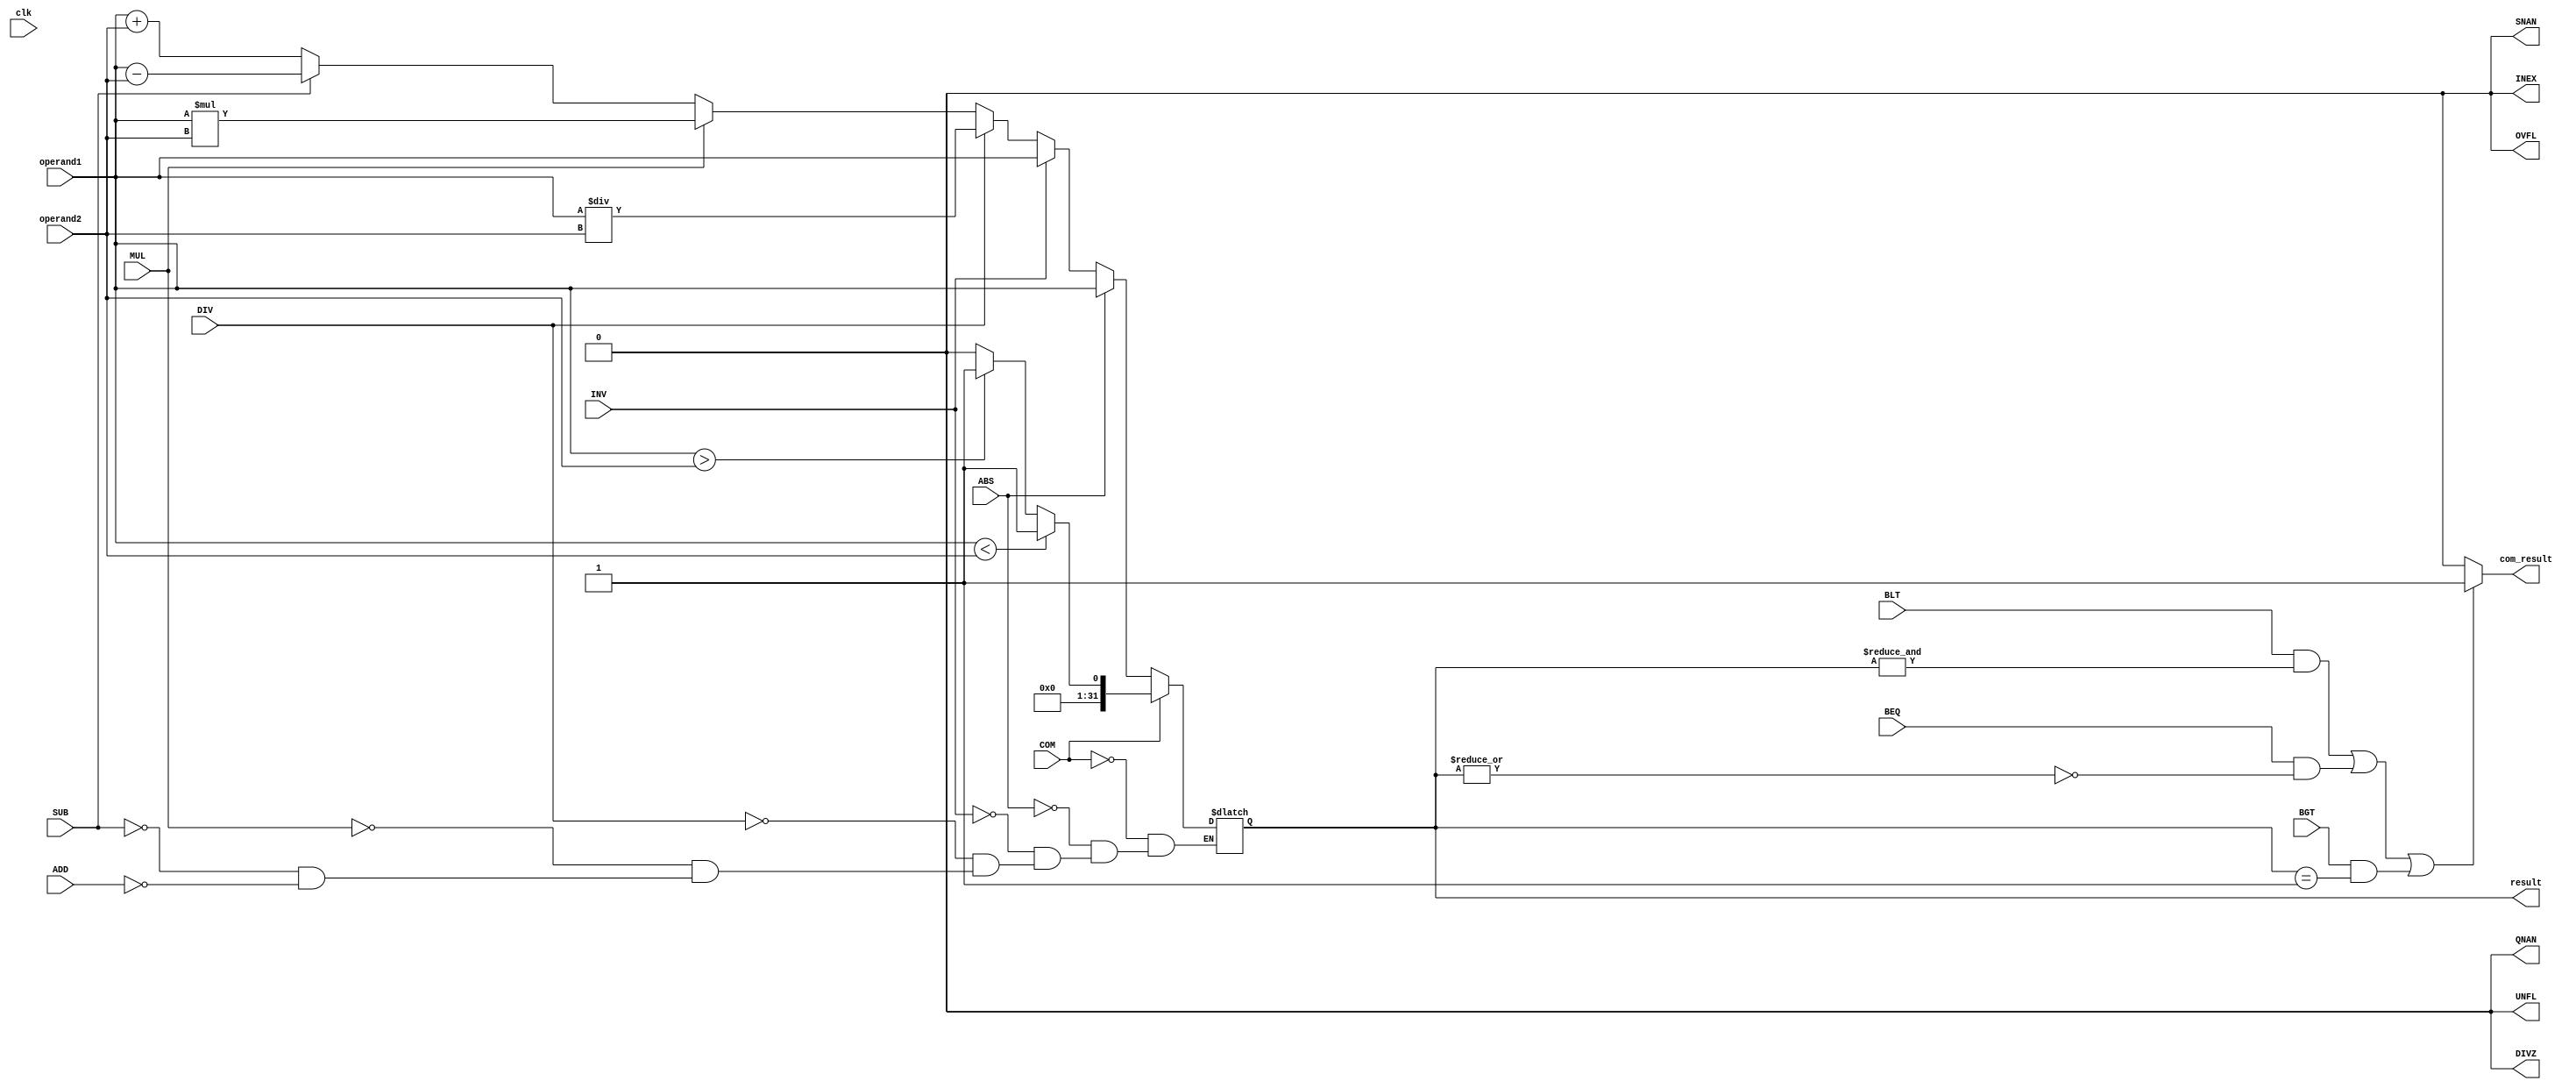
module fpu_ALU (operand1, operand2, ADD, SUB, MUL, DIV, INV, ABS, COM, BLT, BEQ, BGT, result, com_result, DIVZ, QNAN, SNAN, INEX, UNFL, OVFL, clk);

  input [31:0] operand1, operand2;
  input ADD, SUB, MUL, DIV, INV, ABS, COM, BLT, BEQ, BGT, clk;
  output [31:0] result;
  output com_result, DIVZ, QNAN, SNAN, INEX, UNFL, OVFL;
  reg [31:0] result;
  reg DIVZ, QNAN, SNAN, INEX, UNFL, OVFL;

  assign com_result = ((BLT && &result) || (BEQ && !(|result)) || (BGT && result == 32'b01)) ? 1'b1 : 1'b0;

  always @ (operand1, operand2, ADD, SUB, MUL, DIV, INV, ABS, COM) begin
    if (ADD) begin
      result = operand1 + operand2;
    end
    if (SUB) begin
      result = operand1 - operand2;
    end
    if (MUL) begin
      result = operand1 * operand2;
    end
    if (DIV) begin
      result = operand1 / operand2;
    end
    if (INV) begin
      result = operand1;
    end
    if (ABS) begin
      result = operand1;
    end
    if (COM) begin
      if (operand1 < operand2) begin
        result = 32'b1;
      end else if (operand1 > operand2) begin
        result = 32'b01;
      end else begin
        result = 32'b0;
      end
    end
  end

  initial begin
    DIVZ = 1'b0; QNAN = 1'b0; SNAN = 1'b0; INEX = 1'b0; UNFL = 1'b0; OVFL = 1'b0;
  end

endmodule